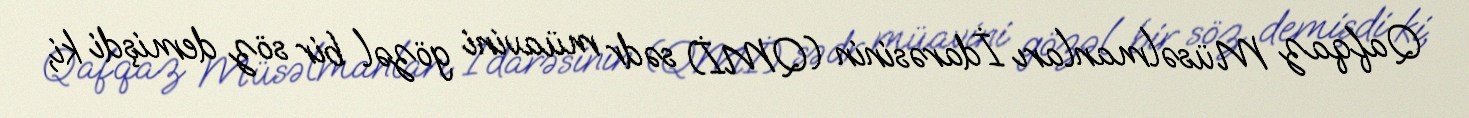
Qafqaz Müsəlmanları İdarəsinin (QMİ) sədr müavini gözəl bir söz demişdi ki,